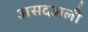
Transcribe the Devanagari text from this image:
असदअली